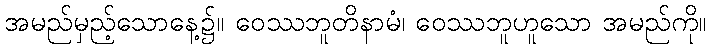
အမည်မှည့်သောနေ့၌။ ဝေဿဘူတိနာမံ၊ ဝေဿဘူဟူသော အမည်ကို။